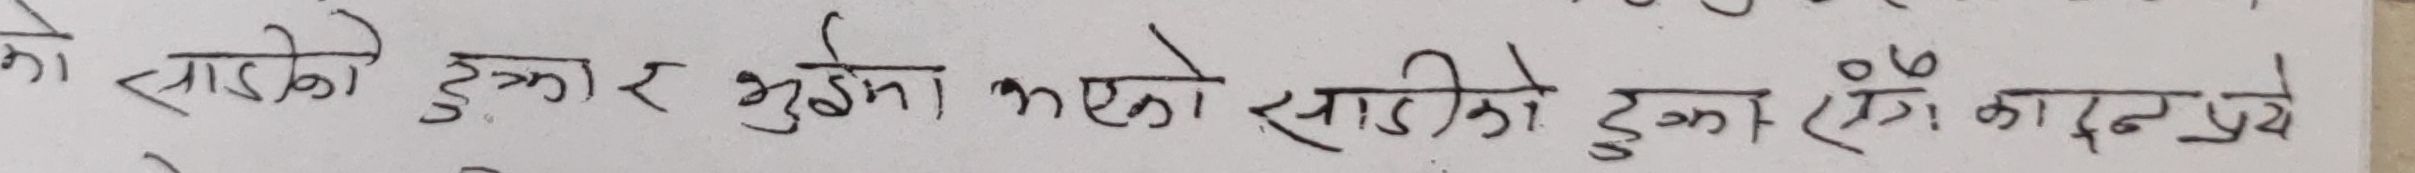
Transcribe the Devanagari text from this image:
को स्याङ्को ढुङ्गा र भुइँमा भएको साडीको ढुङ्गा रंग कादन प्रयें